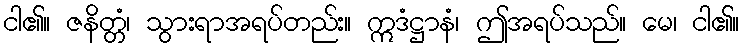
ငါ၏။ ဇနိတ္တံ၊ သွားရာအရပ်တည်း။ ဣဒံဋ္ဌာနံ၊ ဤအရပ်သည်။ မေ၊ ငါ၏။